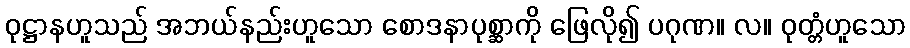
ဝုဋ္ဌာနဟူသည် အဘယ်နည်းဟူသော စောဒနာပုစ္ဆာကို ဖြေလို၍ ပဂုဏ။ လ။ ဝုတ္တံဟူသော